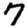
Digit: 7